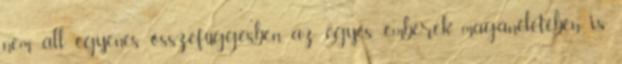
nem áll egyenes összefüggésben az egyes emberek magánéletében is